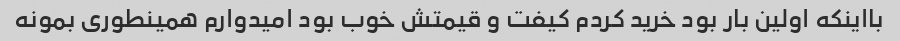
بااینکه اولین بار بود خرید کردم کیفت و قیمتش خوب بود امیدوارم همینطوری بمونه